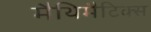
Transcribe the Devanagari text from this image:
मैथिमैटिक्स